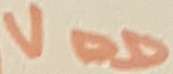
Text: VDD